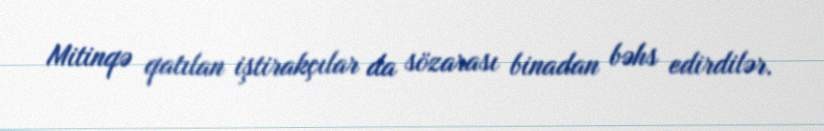
Mitinqə qatılan iştirakçılar da sözarası binadan bəhs edirdilər.